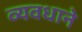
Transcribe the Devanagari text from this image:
व्यवधाने